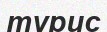
турис